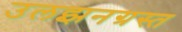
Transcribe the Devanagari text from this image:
उलझनग्रस्त